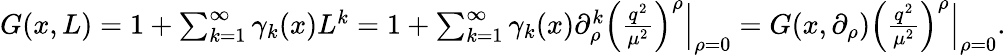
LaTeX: \begin{array}{r}{G(x,L)=1+\sum_{k=1}^{\infty}\gamma_{k}(x)L^{k}=1+\sum_{k=1}^{\infty}\gamma_{k}(x)\partial_{\rho}^{k}\left(\frac{q^{2}}{\mu^{2}}\right)^{\rho}\Big|_{\rho=0}=G(x,\partial_{\rho})\left(\frac{q^{2}}{\mu^{2}}\right)^{\rho}\Big|_{\rho=0}.}\end{array}